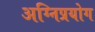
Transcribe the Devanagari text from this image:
अग्निप्रयोग